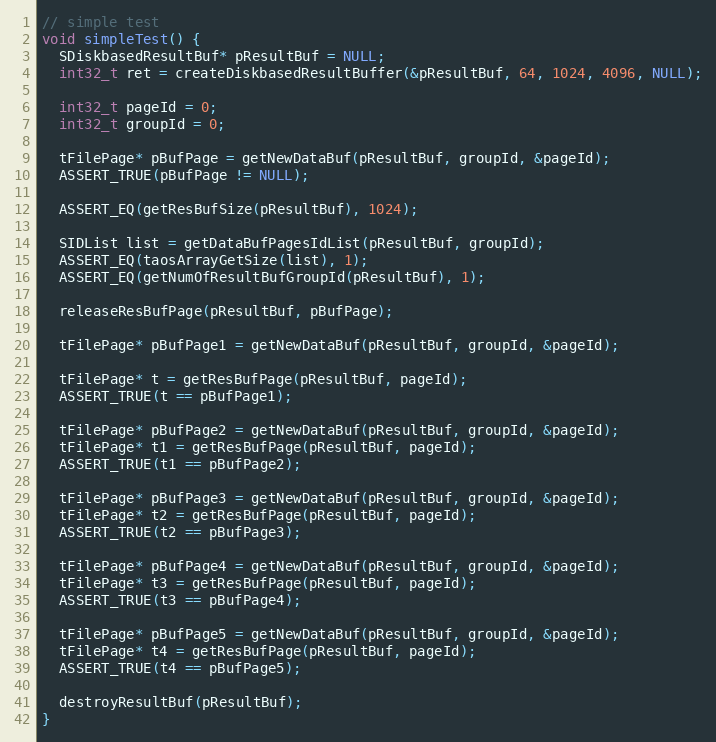
Language: C++
// simple test
void simpleTest() {
  SDiskbasedResultBuf* pResultBuf = NULL;
  int32_t ret = createDiskbasedResultBuffer(&pResultBuf, 64, 1024, 4096, NULL);

  int32_t pageId = 0;
  int32_t groupId = 0;

  tFilePage* pBufPage = getNewDataBuf(pResultBuf, groupId, &pageId);
  ASSERT_TRUE(pBufPage != NULL);

  ASSERT_EQ(getResBufSize(pResultBuf), 1024);

  SIDList list = getDataBufPagesIdList(pResultBuf, groupId);
  ASSERT_EQ(taosArrayGetSize(list), 1);
  ASSERT_EQ(getNumOfResultBufGroupId(pResultBuf), 1);

  releaseResBufPage(pResultBuf, pBufPage);

  tFilePage* pBufPage1 = getNewDataBuf(pResultBuf, groupId, &pageId);

  tFilePage* t = getResBufPage(pResultBuf, pageId);
  ASSERT_TRUE(t == pBufPage1);

  tFilePage* pBufPage2 = getNewDataBuf(pResultBuf, groupId, &pageId);
  tFilePage* t1 = getResBufPage(pResultBuf, pageId);
  ASSERT_TRUE(t1 == pBufPage2);

  tFilePage* pBufPage3 = getNewDataBuf(pResultBuf, groupId, &pageId);
  tFilePage* t2 = getResBufPage(pResultBuf, pageId);
  ASSERT_TRUE(t2 == pBufPage3);

  tFilePage* pBufPage4 = getNewDataBuf(pResultBuf, groupId, &pageId);
  tFilePage* t3 = getResBufPage(pResultBuf, pageId);
  ASSERT_TRUE(t3 == pBufPage4);

  tFilePage* pBufPage5 = getNewDataBuf(pResultBuf, groupId, &pageId);
  tFilePage* t4 = getResBufPage(pResultBuf, pageId);
  ASSERT_TRUE(t4 == pBufPage5);

  destroyResultBuf(pResultBuf);
}